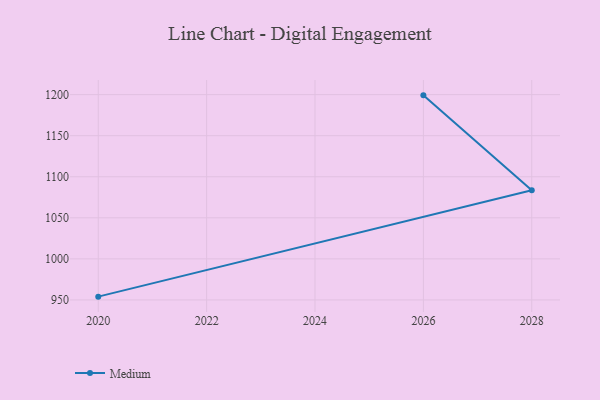
{"axis": {"x": "Year", "y": "Bounce Rate (%)"}, "legend": ["Medium"], "data": [{"x": "2026", "y": 1199.1, "type": "Medium"}, {"x": "2028", "y": 1083.5, "type": "Medium"}, {"x": "2020", "y": 954.0, "type": "Medium"}]}